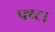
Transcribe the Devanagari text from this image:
फ्य्टा